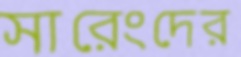
সারেংদের